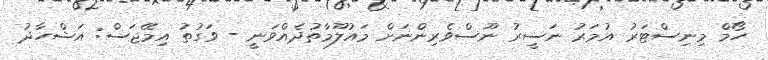
ހޯމް މިނިސްޓަރު އުމަރު ނަސީރު ނޫސްވެރިންނަށް މައުލޫމާތުދެއްވަނީ - ވަގުތު އިމޭޖަސް: އަޝްހާދު